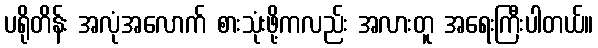
ပရိုတိန်း အလုံအလောက် စားသုံးဖို့ကလည်း အလားတူ အရေးကြီးပါတယ်။